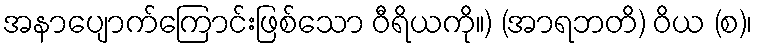
အနာပျောက်ကြောင်းဖြစ်သော ဝီရိယကို။) (အာရဘတိ) ဝိယ (စ)၊